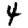
Digit: 4